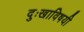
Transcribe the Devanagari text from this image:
दुःखाविषयी